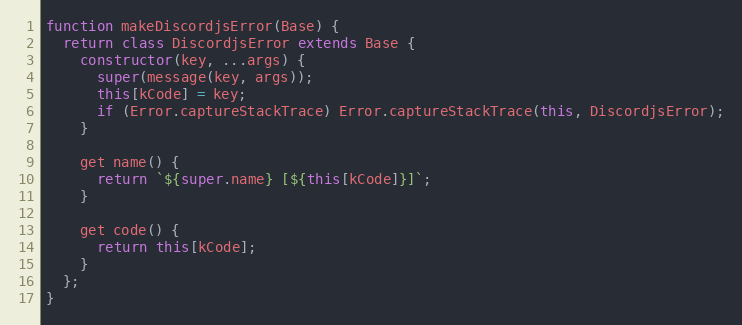
Language: JavaScript
function makeDiscordjsError(Base) {
  return class DiscordjsError extends Base {
    constructor(key, ...args) {
      super(message(key, args));
      this[kCode] = key;
      if (Error.captureStackTrace) Error.captureStackTrace(this, DiscordjsError);
    }

    get name() {
      return `${super.name} [${this[kCode]}]`;
    }

    get code() {
      return this[kCode];
    }
  };
}